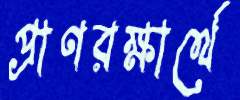
প্রাণরক্ষার্থে